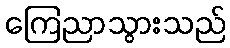
ကြေညာသွားသည်